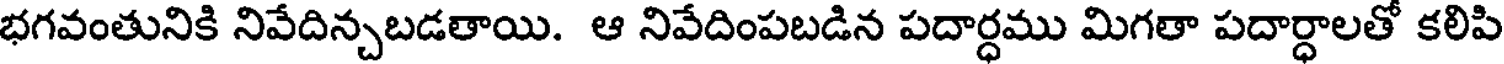
భగవంతునికి నివేదిన్చబడతాయి. ఆ నివేదింపబడిన పదార్ధము మిగతా పదార్ధాలతో కలిపి